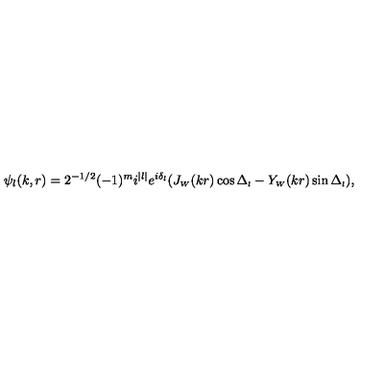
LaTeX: \psi _ { l } ( k , r ) = 2 ^ { - 1 / 2 } ( - 1 ) ^ { m } i ^ { | l | } e ^ { i \delta _ { l } } ( J _ { \scriptscriptstyle { W } } ( k r ) \cos \Delta _ { \scriptscriptstyle { l } } - Y _ { \scriptscriptstyle { W } } ( k r ) \sin \Delta _ { \scriptscriptstyle { l } } ) ,